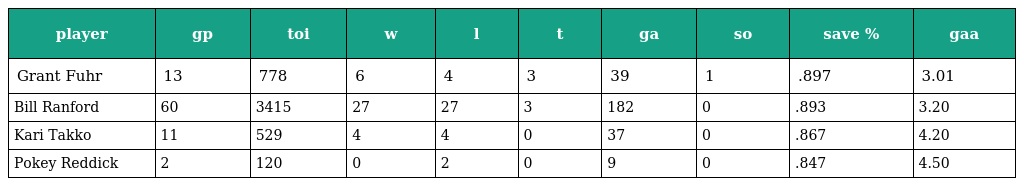
| player | gp | toi | w | l | t | ga | so | save % | gaa |
 | --- | --- | --- | --- | --- | --- | --- | --- | --- | --- |
 | Grant Fuhr | 13 | 778 | 6 | 4 | 3 | 39 | 1 | .897 | 3.01 |
 | Bill Ranford | 60 | 3415 | 27 | 27 | 3 | 182 | 0 | .893 | 3.20 |
 | Kari Takko | 11 | 529 | 4 | 4 | 0 | 37 | 0 | .867 | 4.20 |
 | Pokey Reddick | 2 | 120 | 0 | 2 | 0 | 9 | 0 | .847 | 4.50 |